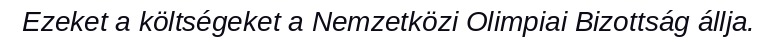
Ezeket a költségeket a Nemzetközi Olimpiai Bizottság állja.